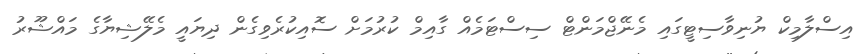
އިސްލާމިކް ޔުނިވާސިޓީގައި މެނޭޖްމަންޓް ސިސްޓަމެއް ގާއިމް ކުރުމަށް ސޮއިކުރެވިގެން ދިޔައީ މެލޭޝިޔާގެ މައްޝޫރު